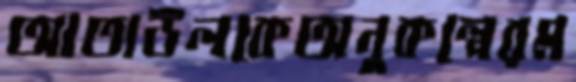
আতাউলকেঅনুকল্পেরম